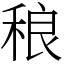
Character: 稂